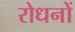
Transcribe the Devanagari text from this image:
रोधनों